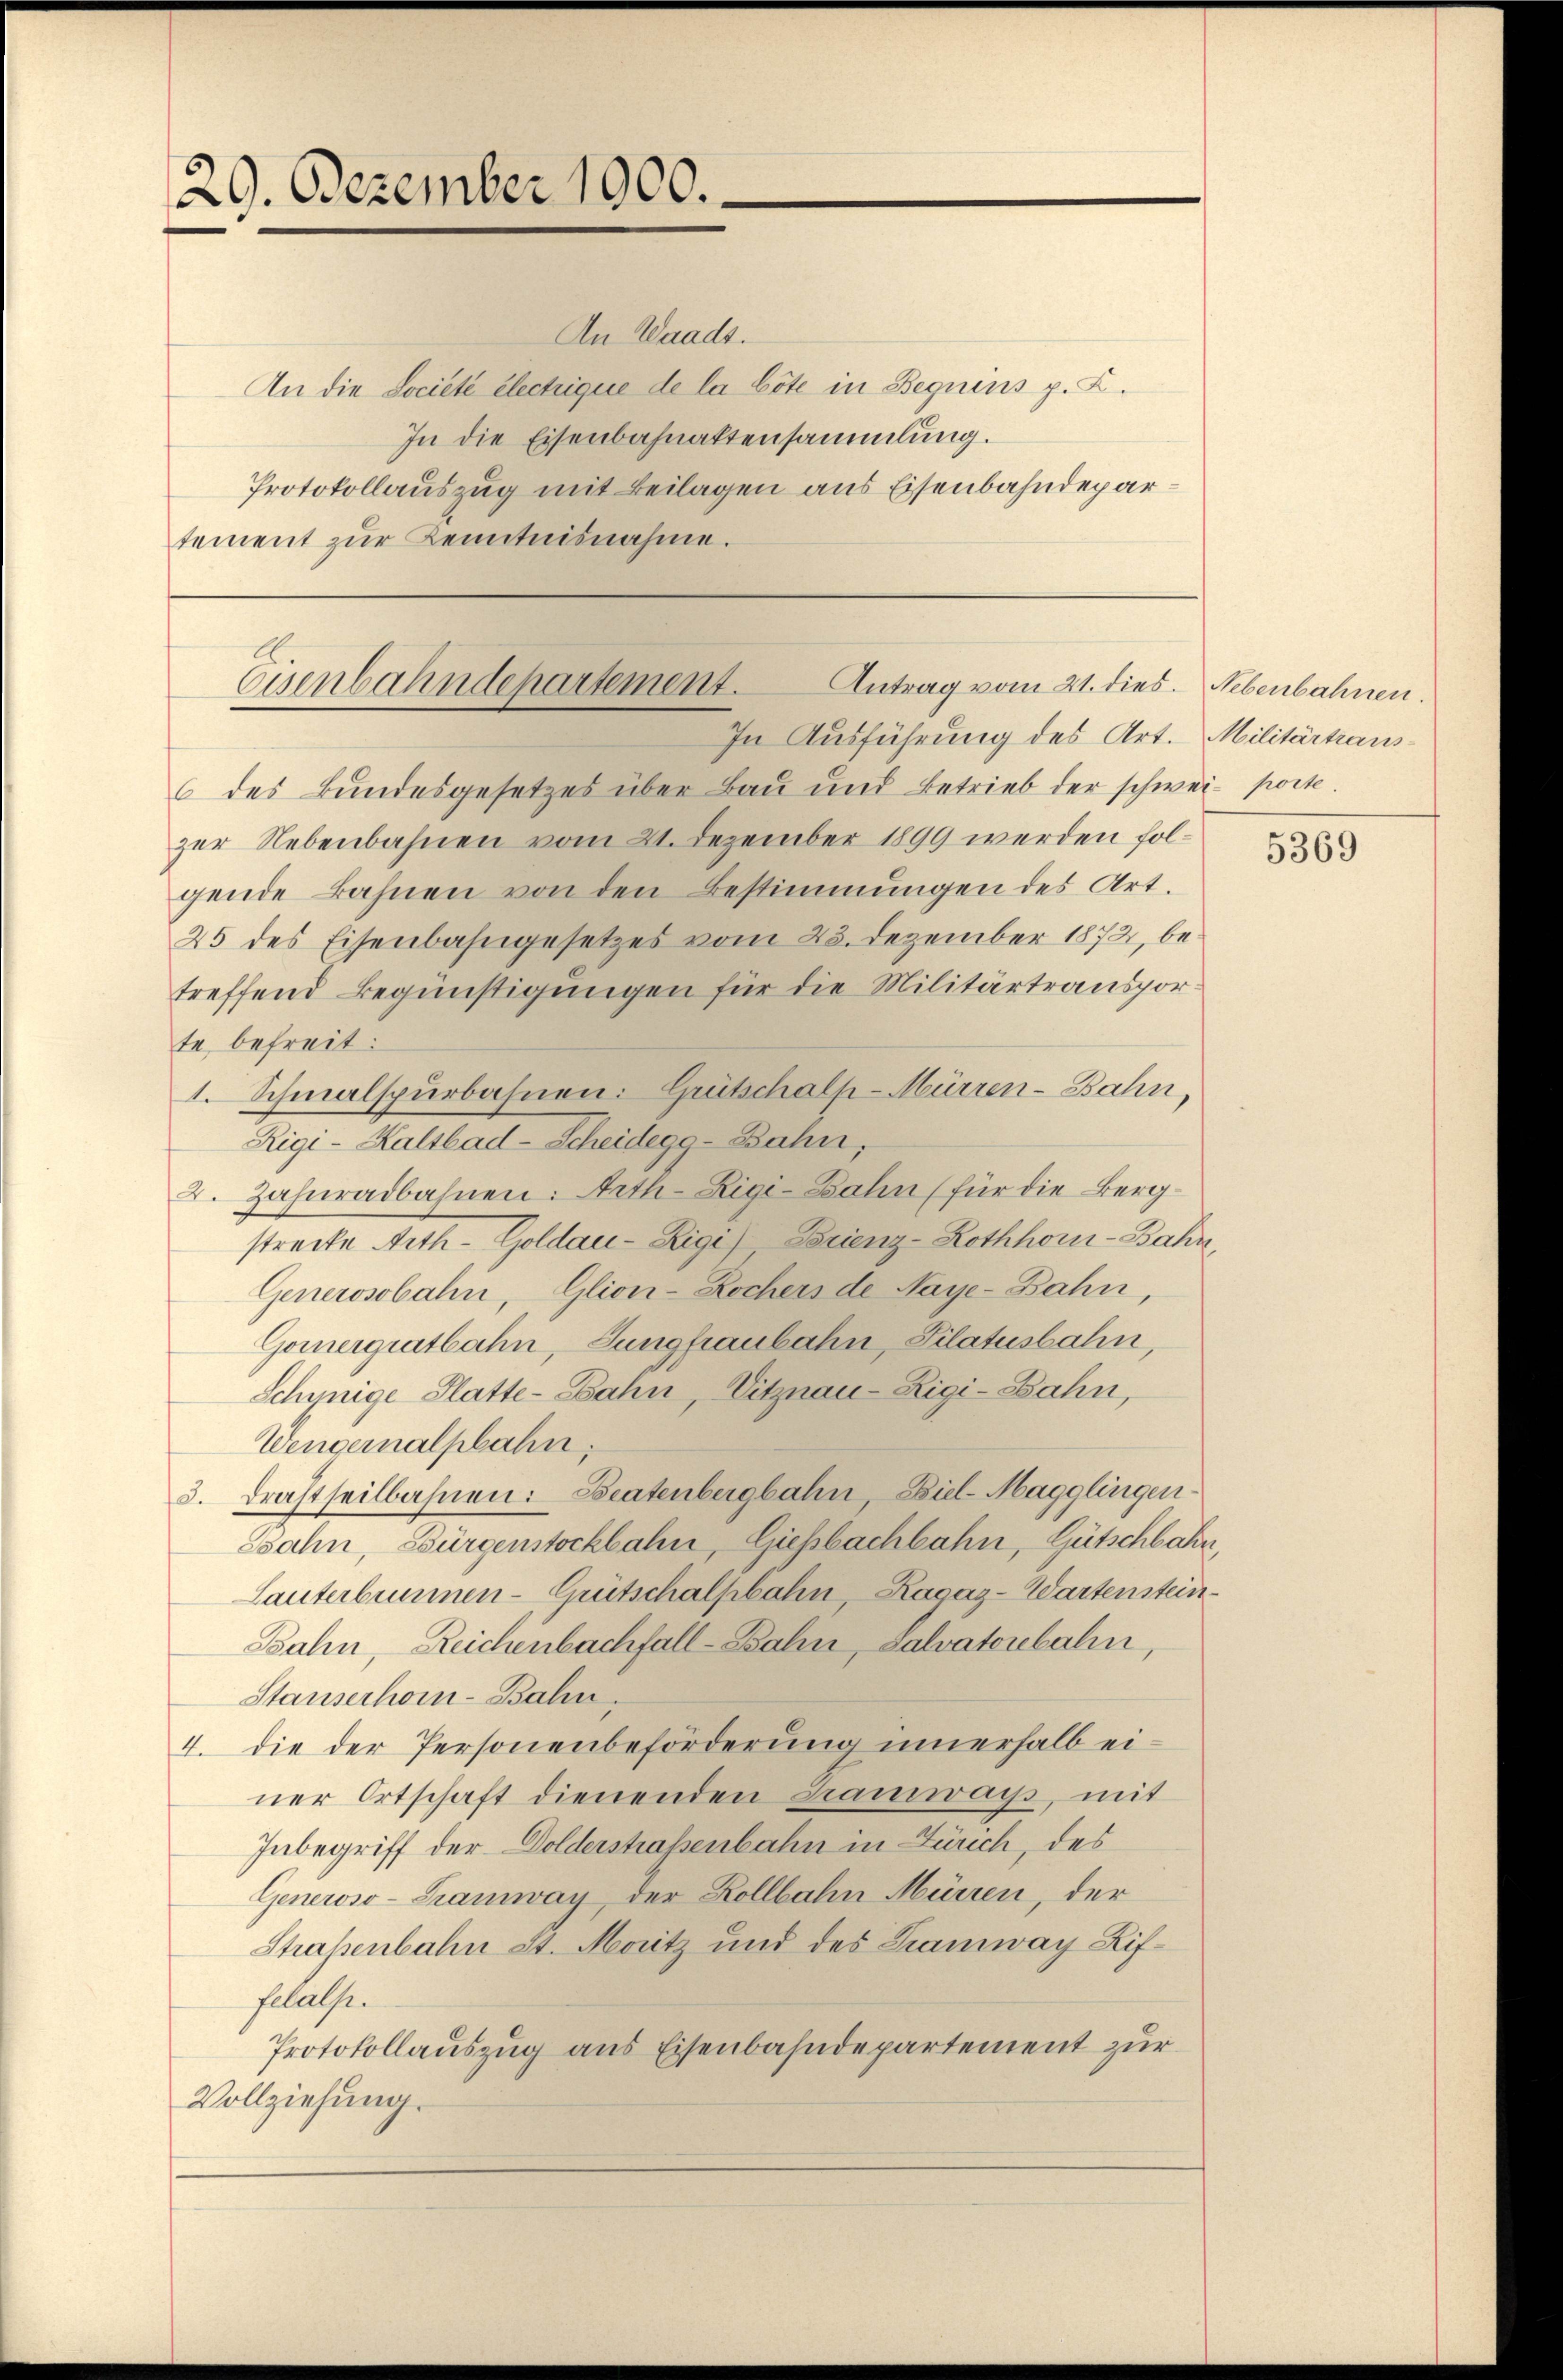
29. Dezember 1000.

An Waadt.
An die Société électrique de la böte in Bequens p. K.
In die Eisenbahnaktensammlung.
Protokollauszug mit Beilagen aus Eisenbahndepartement zur Kenntnisnahme.

Eisenbahndepartement.
Antrag vom 21. dies. Nebenbahnen

In Ausführung des Art. Militärtiaus

des Bundesgesetzes über Bau und Betrieb der schwei porte.
zur Nebenbahnen vom 21. Dezember 1899 werden folgende Bahnen von den Bestimmungen des Art.
25 des Eisenbahngesetzes vom 23. Dezember 1872, betreffend Begünstigungen für die Militärtransporte befreit:
1. Schmalspürbahnen. Grütschalp-Mürren-Bahn,
Rigi-Kaltbad-Scheidegg-Bahn.
2. Zahnradbahnen: Arth-Rigi-Bahn (für die Bergstreite Nith-Goldau-Rigi Brienz-Lothhomi-Bahn,
Generosobahn, Glion-Rochers de Naye-Bahn,
Gomergritbahn, Jungfraubahn, Pilatusbahn,
Schynige Platte- Zahn, Vitznau-Rigi-Bahn,
Wengernalphahn,
5. drastheilbahnen: Beatenbergbahn, Biel-Magglingen
Zsahn, Bürgenstockbahn, Giesbachbahn, Gütschbahn,
Santerbummen-Grütschalpbahn, Ragaz-Wartenstein¬
Bahn, Reichenbachfall-Bahn, salvatorebalin,
Stauserhör-Bahn,
4. die der Personenbeförderung innerhalb einer Ortschaft dienenden Kramways, mit
Inbegriff der Dolderstraßenbahn in Zürich, des
Generoso - Tramway, der Kollbahn Mürren, der
Straßenbahn St. Moritz und des Tramway Liffelasse.
Protokollauszug aus Eisenbahndepartement zur
Vollziehung.

5369